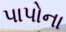
પાપોના